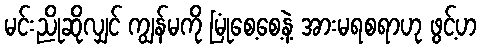
မင်းညိုဆိုလျှင် ကျွန်မကို မြုံစေ့စေ့နဲ့ အားမရစရာဟု ဖွင့်ဟ